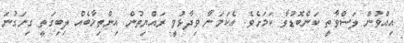
އިއްވުން ލަސްވާތީ ކަންބޮޑުވާ ކަމަށެވެ. އެކަމަނާ ވިދާޅުވީ ރައްޔިތުން އިންތިޚާބެއް ލިބިގަތީ ގިނަގުނަ